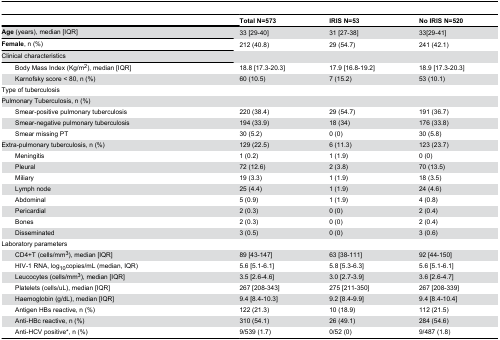
<table><thead><tr><td colspan="2"></td><td><b>Total N=573</b></td><td><b>IRIS N=53</b></td><td><b>No IRIS N=520</b></td></tr></thead><tbody><tr><td colspan="2"><b>Age</b> (years), median [IQR]</td><td>33 [29-40]</td><td>31 [27-38]</td><td>33[29-41]</td></tr><tr><td colspan="2"><b>Female</b>, n (%)</td><td>212 (40.8)</td><td>29 (54.7)</td><td>241 (42.1)</td></tr><tr><td colspan="2">Clinical characteristics</td><td></td><td></td><td></td></tr><tr><td></td><td>Body Mass Index (Kg/m<sup>2</sup>), median [IQR]</td><td>18.8 [17.3-20.3]</td><td>17.9 [16.8-19.2]</td><td>18.9 [17.3-20.3]</td></tr><tr><td></td><td>Karnofsky score &lt; 80, n (%)</td><td>60 (10.5)</td><td>7 (15.2)</td><td>53 (10.1)</td></tr><tr><td colspan="2">Type of tuberculosis</td><td></td><td></td><td></td></tr><tr><td colspan="2">Pulmonary Tuberculosis, n (%)</td><td></td><td></td><td></td></tr><tr><td></td><td>Smear-positive pulmonary tuberculosis</td><td>220 (38.4)</td><td>29 (54.7)</td><td>191 (36.7)</td></tr><tr><td></td><td>Smear-negative pulmonary tuberculosis</td><td>194 (33.9)</td><td>18 (34)</td><td>176 (33.8)</td></tr><tr><td></td><td>Smear missing PT</td><td>30 (5.2)</td><td>0 (0)</td><td>30 (5.8)</td></tr><tr><td colspan="2">Extra-pulmonary tuberculosis, n (%)</td><td>129 (22.5)</td><td>6 (11.3)</td><td>123 (23.7)</td></tr><tr><td></td><td>Meningitis </td><td>1 (0.2)</td><td>1 (1.9)</td><td>0 (0)</td></tr><tr><td></td><td>Pleural </td><td>72 (12.6)</td><td>2 (3.8)</td><td>70 (13.5)</td></tr><tr><td></td><td>Miliary</td><td>19 (3.3)</td><td>1 (1.9)</td><td>18 (3.5)</td></tr><tr><td></td><td>Lymph node </td><td>25 (4.4)</td><td>1 (1.9)</td><td>24 (4.6)</td></tr><tr><td></td><td>Abdominal</td><td>5 (0.9)</td><td>1 (1.9)</td><td>4 (0.8)</td></tr><tr><td></td><td>Pericardial </td><td>2 (0.3)</td><td>0 (0)</td><td>2 (0.4)</td></tr><tr><td></td><td>Bones</td><td>2 (0.3)</td><td>0 (0)</td><td>2 (0.4)</td></tr><tr><td></td><td>Disseminated </td><td>3 (0.5)</td><td>0 (0)</td><td>3 (0.6)</td></tr><tr><td colspan="2">Laboratory parameters</td><td></td><td></td><td></td></tr><tr><td></td><td>CD4+T (cells/mm<sup>3</sup>), median [IQR]</td><td>89 [43-147]</td><td>63 [38-111]</td><td>92 [44-150]</td></tr><tr><td></td><td>HIV-1 RNA, log<sub>10</sub>copies/mL (median, IQR) </td><td>5.6 [5.1-6.1]</td><td>5.8 [5.3-6.3]</td><td>5.6 [5.1-6.1]</td></tr><tr><td></td><td>Leucocytes (cells/mm<sup>3</sup>), median [IQR]</td><td>3.5 [2.6-4.6]</td><td>3.0 [2.7-3.9]</td><td>3.6 [2.6-4.7]</td></tr><tr><td></td><td>Platelets (cells/uL), median [IQR]</td><td>267 [208-343]</td><td>275 [211-350]</td><td>267 [208-339]</td></tr><tr><td></td><td>Haemoglobin (g/dL), median [IQR]</td><td>9.4 [8.4-10.3]</td><td>9.2 [8.4-9.9]</td><td>9.4 [8.4-10.4]</td></tr><tr><td></td><td>Antigen HBs reactive, n (%)</td><td>122 (21.3)</td><td>10 (18.9)</td><td>112 (21.5)</td></tr><tr><td></td><td>Anti-HBc reactive, n (%)</td><td>310 (54.1)</td><td>26 (49.1)</td><td>284 (54.6)</td></tr><tr><td></td><td>Anti-HCV positive*, n (%)</td><td>9/539 (1.7)</td><td>0/52 (0)</td><td>9/487 (1.8)</td></tr></tbody></table>